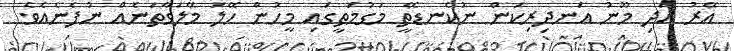
އޭރު އަދި މޫނު އަނދިރިކަން ނުކެނޑޭތީ މަގުމަތީގައި މީހުން ހޭލަ މޭލަވާތަނެއް ނުފެނެއެވެ.